Indian journal of veterinary science and animal husbandry - Volume 2,
Year: 1932
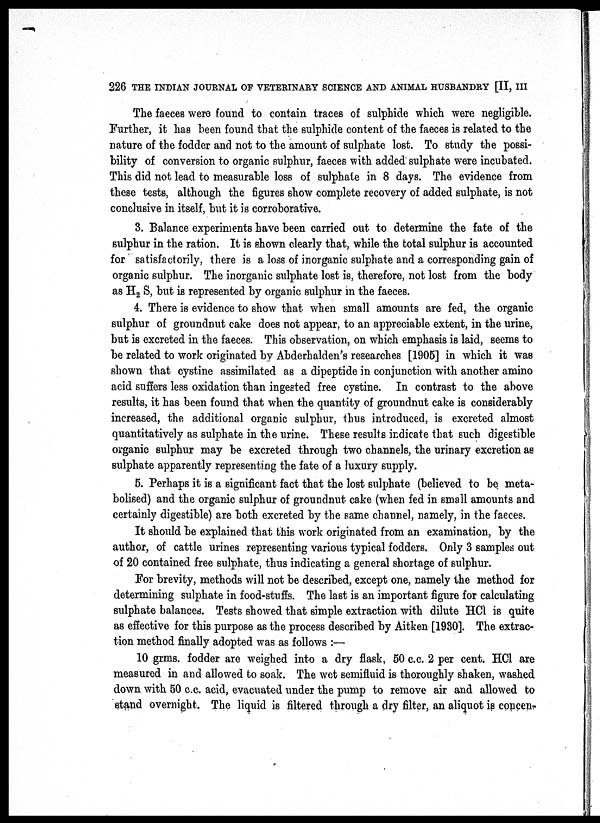
226 THE INDIAN JOURNAL OF VETERINARY SCIENCE AND ANIMAL HUSBANDRY [II, III
The faeces were found to contain traces of sulphide which were negligible.
Further, it has been found that the sulphide content of the faeces is related to the
nature of the fodder and not to the amount of sulphate lost. To study the possi-
bility of conversion to organic sulphur, faeces with added sulphate were incubated.
This did not lead to measurable loss of sulphate in 8 days. The evidence from
these tests, although the figures show complete recovery of added sulphate, is not
conclusive in itself, but it is corroborative.
3. Balance experiments have been carried out to determine the fate of the
sulphur in the ration. It is shown clearly that, while the total sulphur is accounted
for satisfactorily, there is a loss of inorganic sulphate and a corresponding gain of
organic sulphur. The inorganic sulphate lost is, therefore, not lost from the body
as H 2 S, but is represented by organic sulphur in the faeces.
4. There is evidence to show that when small amounts are fed, the organic
sulphur of groundnut cake does not appear, to an appreciable extent, in the urine,
but is excreted in the faeces. This observation, on which emphasis is laid, seems to
be related to work originated by Abderhalden's researches [1905] in which it was
shown that cystine assimilated as a dipeptide in conjunction with another amino
acid suffers less oxidation than ingested free cystine. In contrast to the above
results, it has been found that when the quantity of groundnut cake is considerably
increased, the additional organic sulphur, thus introduced, is excreted almost
quantitatively as sulphate in the urine. These results indicate that such digestible
organic sulphur may be excreted through two channels, the urinary excretion as
sulphate apparently representing the fate of a luxury supply.
5. Perhaps it is a significant fact that the lost sulphate (believed to be meta-
bolised) and the organic sulphur of groundnut cake (when fed in small amounts and
certainly digestible) are both excreted by the same channel, namely, in the faeces.
It should be explained that this work originated from an examination, by the
author, of cattle urines representing various typical fodders. Only 3 samples out
of 20 contained free sulphate, thus indicating a general shortage of sulphur.
For brevity, methods will not be described, except one, namely the method for
determining sulphate in food-stuffs. The last is an important figure for calculating
sulphate balances. Tests showed that simple extraction with dilute HCl is quite
as effective for this purpose as the process described by Aitken [1930]. The extrac-
tion method finally adopted was as follows :—
10 grms. fodder are weighed into a dry flask, 50 c.c. 2 per cent. HCl are
measured in and allowed to soak. The wet semifluid is thoroughly shaken, washed
down with 50 c.c. acid, evacuated under the pump to remove air and allowed to
stand overnight. The liquid is filtered through a dry filter, an aliquot is concen-